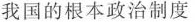
我国的根本政治制度